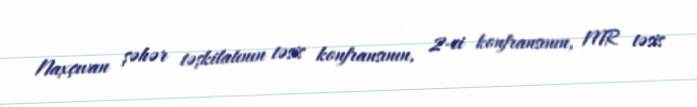
Naxçıvan şəhər təşkilatının təsis konfransının, 2-ci konfransının, MR təsis